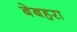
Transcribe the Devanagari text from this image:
बेबहरा